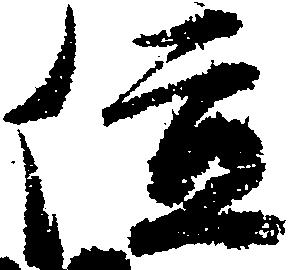
位